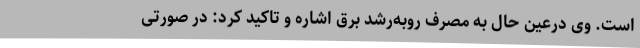
است. وی درعین حال به مصرف روبه‌رشد برق اشاره و تاکید کرد: در صورتی